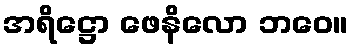
အရိဋ္ဌော ဖေနိလော ဘဝေ။